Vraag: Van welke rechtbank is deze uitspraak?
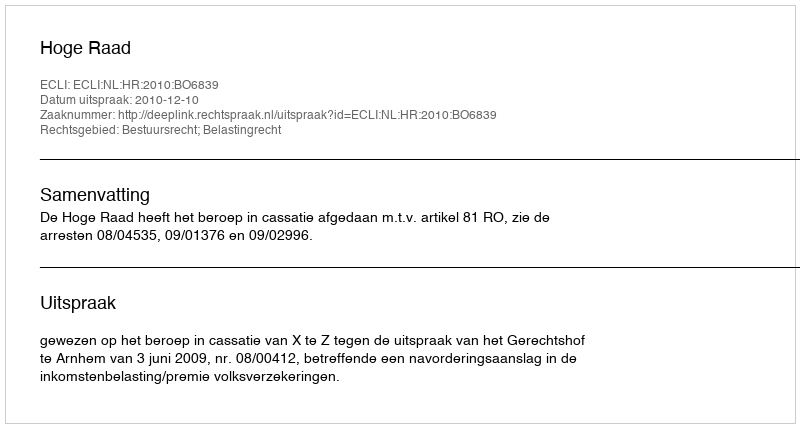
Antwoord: Hoge Raad